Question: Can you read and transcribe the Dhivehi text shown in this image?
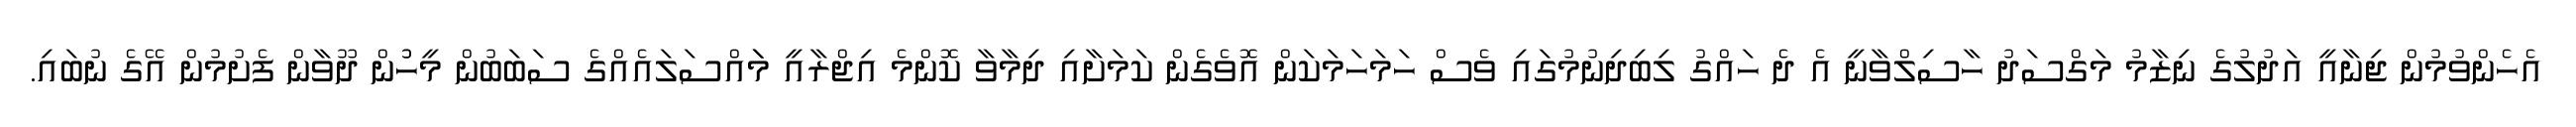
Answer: އެހެންވުމުން ޖިނާއީ އަދުލުގެ ނިޒާމު މަގްސަދު ހާސިލްވާނީ އެ ދެ ހައްގު ލިބިދިނުމުގައި ވެސް ހަމަހަމަކަން އޮވެގެން ކަމަށާއި ދިމާވާ ކޮންމެ އިޖްރާއީ މަައްސަލައެއްގެ ސަބަބުން މީހުުން ދޫވާން ފެށުމުން އޭގެ ނުބައި.